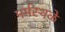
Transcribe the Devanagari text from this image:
मर्मस्थळे